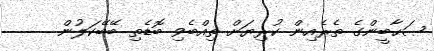
ޞަޙާބީންގެ ތެރެއިން ކުރިޔަށް ތިއްބެވި ބޮޑެތި ބޭބޭކަލުން